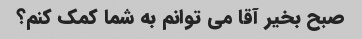
صبح بخیر آقا می توانم به شما کمک کنم؟